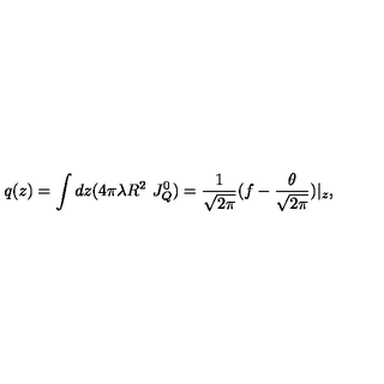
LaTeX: q ( z ) = \int d z ( 4 \pi \lambda R ^ { 2 } \ J _ { Q } ^ { 0 } ) = \frac { 1 } { \sqrt { 2 \pi } } ( f - \frac { \theta } { \sqrt { 2 \pi } } ) | _ { z } ,